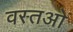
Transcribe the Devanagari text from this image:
वस्तओं